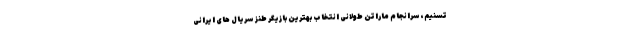
تسنیم، سرانجام ماراتن طولانی انتخاب بهترین بازیگر طنز سریال های ایرانی